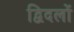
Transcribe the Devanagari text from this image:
द्विदलों